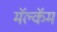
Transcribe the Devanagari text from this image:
मॅल्कॅम